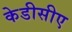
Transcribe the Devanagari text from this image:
केडीसीए